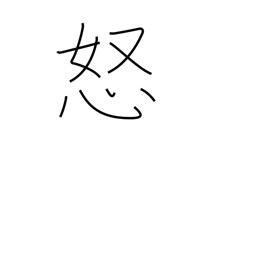
Meaning: be offended